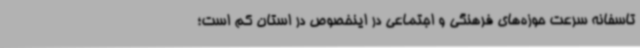
تاسفانه سرعت حوزه‌های فرهنگی و اجتماعی در اینخصوص در استان کم است؛